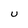
Character: U